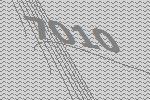
7010